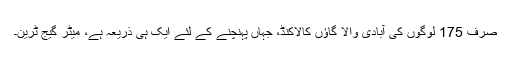
صرف 175 لوگوں کی آبادی والا گاؤں كالاكنڈ، جہاں پہنچنے کے لئے ایک ہی ذریعہ ہے، میٹر گیج ٹرین۔